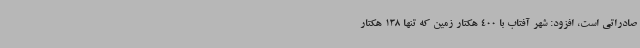
صادراتی است، افزود: شهر آفتاب با 400 هکتار زمین که تنها 138 هکتار